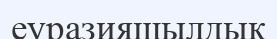
еуразияшылдық